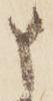
申